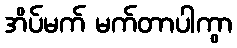
အိပ်မက် မက်တာပါကွာ